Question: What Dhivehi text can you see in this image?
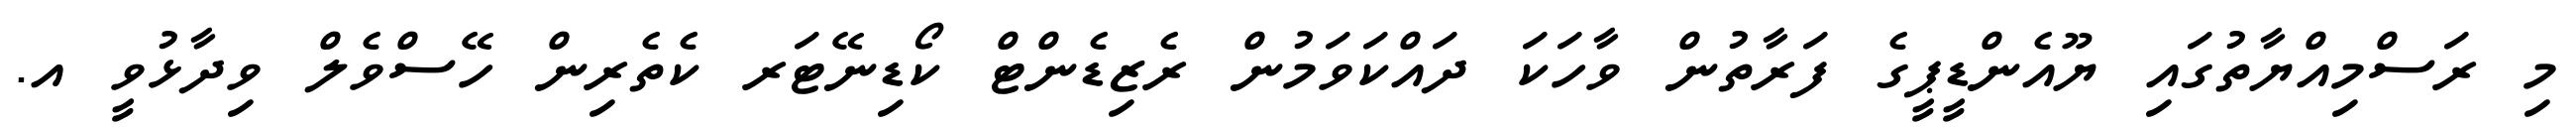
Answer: މި ރަސްމިއްޔާތުގައި ޔޫއެންޑީޕީގެ ފަރާތުން ވާހަކަ ދައްކަވަމުން ރެޒިޑެންޓް ކޯޑިނޭޓަރ ކެތެރިން ހޭސްވެލް ވިދާޅުވީ އ.